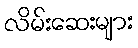
လိမ်းဆေးများ